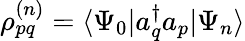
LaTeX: \rho_{pq}^{(n)}=\langle\Psi_{0}|a_{q}^{\dagger}a_{p}|\Psi_{n}\rangle